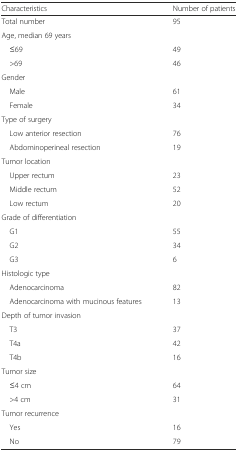
| Characteristics | Number of patients |
 | --- | --- |
 | Total number | 95 |
 | <COLSPAN=2> Age, median 69 years |
 | ≤69 | 49 |
 | >69 | 46 |
 | <COLSPAN=2> Gender |
 | Male | 61 |
 | Female | 34 |
 | <COLSPAN=2> Type of surgery |
 | Low anterior resection | 76 |
 | Abdominoperineal resection | 19 |
 | <COLSPAN=2> Tumor location |
 | Upper rectum | 23 |
 | Middle rectum | 52 |
 | Low rectum | 20 |
 | <COLSPAN=2> Grade of differentiation |
 | G1 | 55 |
 | G2 | 34 |
 | G3 | 6 |
 | <COLSPAN=2> Histologic type |
 | Adenocarcinoma | 82 |
 | Adenocarcinoma with mucinous features | 13 |
 | <COLSPAN=2> Depth of tumor invasion |
 | T3 | 37 |
 | T4a | 42 |
 | T4b | 16 |
 | <COLSPAN=2> Tumor size |
 | ≤4 cm | 64 |
 | >4 cm | 31 |
 | <COLSPAN=2> Tumor recurrence |
 | Yes | 16 |
 | No | 79 |